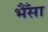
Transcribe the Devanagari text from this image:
भैँसा